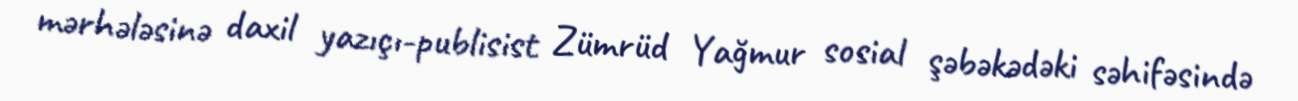
mərhələsinə daxil yazıçı-publisist Zümrüd Yağmur sosial şəbəkədəki səhifəsində